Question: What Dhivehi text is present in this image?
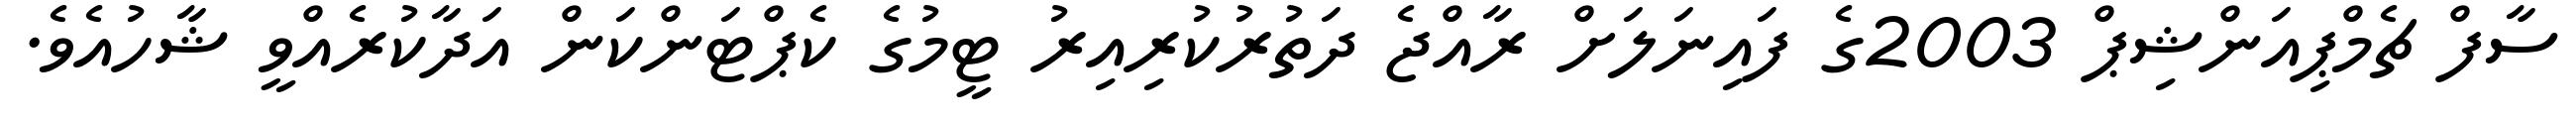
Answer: ސާފް ޗެމްޕިއަންޝިޕް 2003ގެ ފައިނަލަށް ރާއްޖެ ދަތުރުކުރިއިރު ޓީމުގެ ކެޕްޓަންކަން އަދާކުރެއްވީ ޝާހުއެވެ.